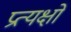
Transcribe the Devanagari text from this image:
प्रत्यक्षों